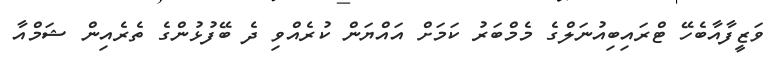
ވަޒީފާއާބެހޭ ޓްރައިބިއުނަލްގެ މެމްބަރު ކަމަށް އައްޔަން ކުރެއްވި ދެ ބޭފުޅުންގެ ތެރެއިން ޝަމްއާ